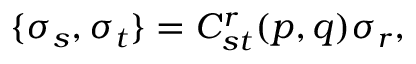
\{ \sigma _ { s } , \sigma _ { t } \} = C _ { s t } ^ { r } ( p , q ) \sigma _ { r } ,